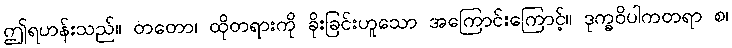
ဤရဟန်းသည်။ တတော၊ ထိုတရားကို ခိုးခြင်းဟူသော အကြောင်းကြောင့်။ ဒုက္ခဝိပါကတရာ စ၊